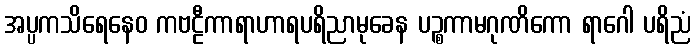
အပ္ပကသိရေနေဝ ကဗဠီကာရာဟာရပရိညာမုခေန ပဉ္စကာမဂုဏိကော ရာဂေါ ပရိညံ